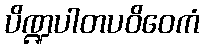
ပိဏ္ဍပါတပဝိဝေကံ